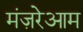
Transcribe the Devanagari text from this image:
मंज़रेआम